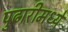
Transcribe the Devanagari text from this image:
पुढारीमध्ये